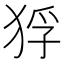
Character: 𤞲